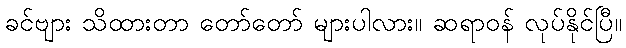
ခင်ဗျား သိထားတာ တော်တော် များပါလား။ ဆရာဝန် လုပ်နိုင်ပြီ။